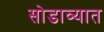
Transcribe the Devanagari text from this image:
सोडाव्यात